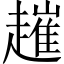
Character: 𧽠